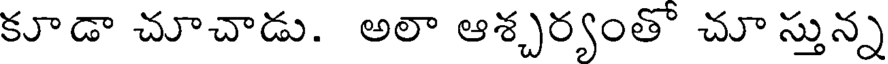
కూడా చూచాడు. అలా ఆశ్చర్యంతో చూ స్తున్న